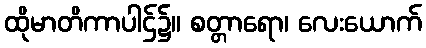
ထိုမာတိကာပါဌ်၌။ စတ္တာရော၊ လေးယောက်